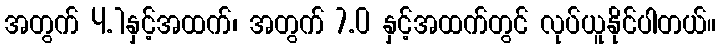
အတွက် 4.1နှင့်အထက်၊ အတွက် 7.0 နှင့်အထက်တွင် လုပ်ယူနိုင်ပါတယ်။